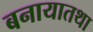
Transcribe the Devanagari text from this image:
बनायातथा